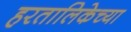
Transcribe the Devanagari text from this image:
हरतालिकेच्या